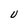
Character: U